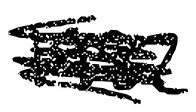
Text: 1982
Cross-out: scratch
Writing tool: digital_black